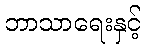
ဘာသာရေးနှင့်